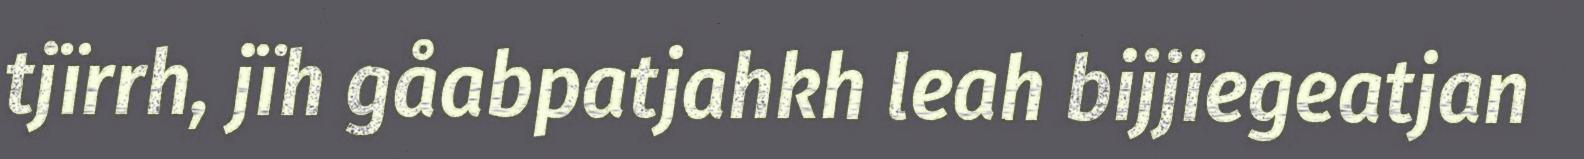
tjïrrh, jïh gåabpatjahkh leah bijjiegeatjan